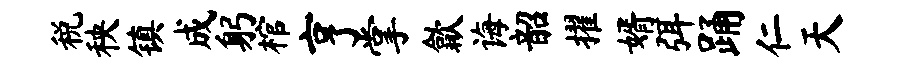
税秧镇成躬棺亨掌歙诲韶擢婿弭踊仁天